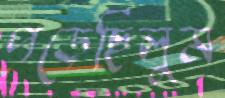
পড়েছিলুম